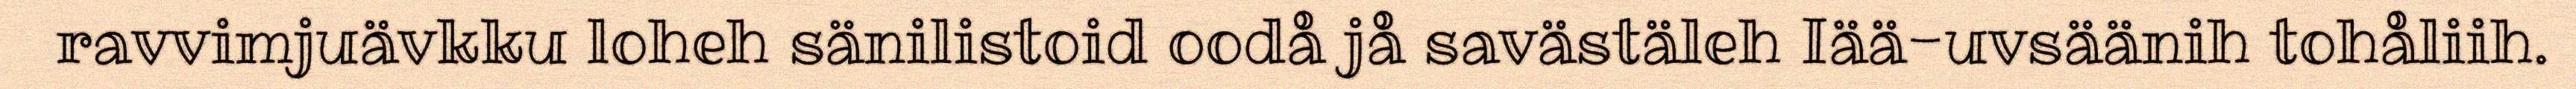
ravvimjuävkku loheh sänilistoid oodå jå savästäleh Iää-uvsäänih tohåliih.